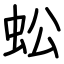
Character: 蚣